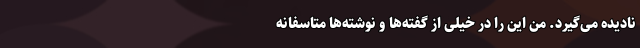
نادیده می‌گیرد. من این را در خیلی از گفته‌ها و نوشته‌ها متاسفانه